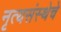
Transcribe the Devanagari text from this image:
नृत्यसंस्थेचे